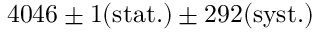
4 0 4 6 \pm 1 \mathrm { { ( s t a t . ) } \pm 2 9 2 \mathrm { { ( s y s t . ) } } }